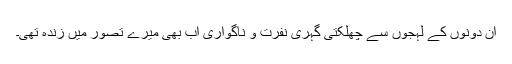
ان دونوں کے لہجوں سے چھلکتی گہری نفرت و ناگواری اب بھی میرے تصور میں زندہ تھی۔